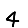
Digit: 4